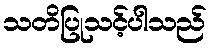
သတိပြုသင့်ပါသည်